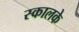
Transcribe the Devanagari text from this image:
स्कालके